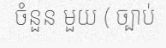
ចំនួន មួយ ( ច្បាប់